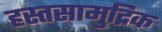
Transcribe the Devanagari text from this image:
हस्तसामुद्रिक